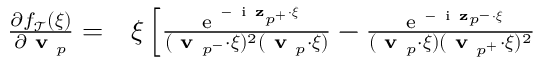
\begin{array} { r l } { \frac { \partial f _ { \mathcal { T } } ( \boldsymbol { \xi } ) } { \partial \textbf { v } _ { p } } = } & { { } \boldsymbol { \xi } \left[ \frac { \mathrm { ~ e ~ } ^ { - \mathrm { ~ i ~ } \mathbf { z } _ { p ^ { + } } \cdot \boldsymbol { \xi } } } { ( \textbf { v } _ { p ^ { - } } \cdot \boldsymbol { \xi } ) ^ { 2 } ( \textbf { v } _ { p } \cdot \boldsymbol { \xi } ) } - \frac { \mathrm { ~ e ~ } ^ { - \mathrm { ~ i ~ } \mathbf { z } _ { p ^ { - } } \cdot \boldsymbol { \xi } } } { ( \textbf { v } _ { p } \cdot \boldsymbol { \xi } ) ( \textbf { v } _ { p ^ { + } } \cdot \boldsymbol { \xi } ) ^ { 2 } } \right. } \end{array}